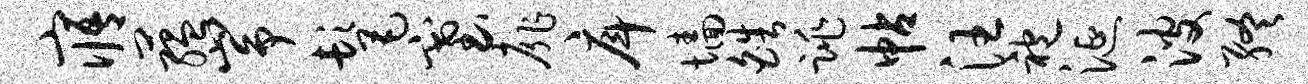
寤蕴峥髦塞扉戽墙皓跳帖汪袍涎波终